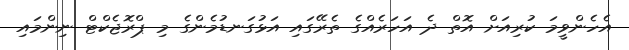
އެހެންވީމަ ކުރިއަށް އޮތް ދެ އަހަރެއްގެ ތެރޭގައި އަޅުގަނޑުމެންގެ މި ޕްރޮޖެކްޓް ނިންމައި